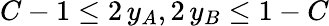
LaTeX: C-1\le 2\, y_{A},2\, y_{B}\le 1-C